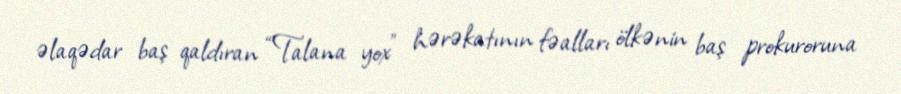
əlaqədar baş qaldıran “Talana yox” hərəkatının fəalları ölkənin baş prokuroruna